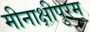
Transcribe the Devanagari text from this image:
मीनाक्षीपुरम्